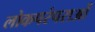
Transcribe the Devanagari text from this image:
लोकपरंपराओं